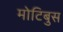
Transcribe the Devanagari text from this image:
मोटिबुस